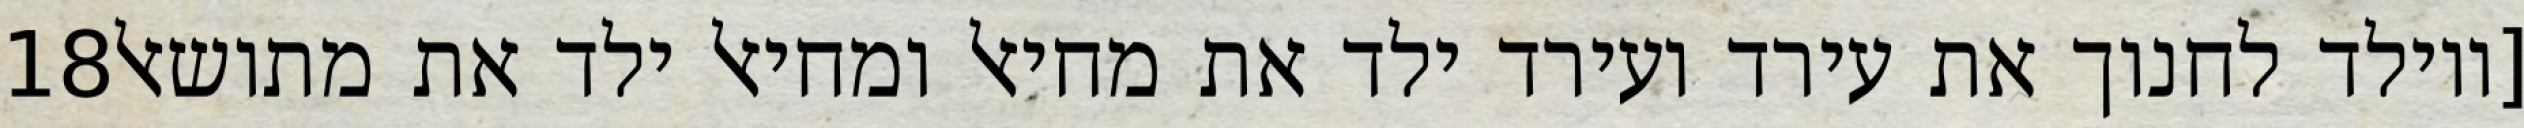
‎18‏ [ויולד לחנוך את עירד ועירד ילד את מחיאל ומחיאל ילד את מתושאל